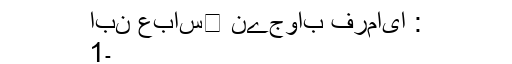
ابن عباس﷜ نےجواب فرمایا :
1۔